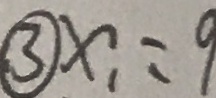
\textcircled { 3 } x _ { 1 } = 9